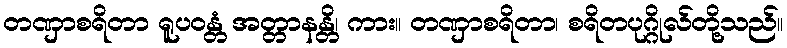
တဏှာစရိတာ ရူပဝန္တံ အတ္တာနန္တိ၊ ကား။ တဏှာစရိတာ၊ စရိတပုဂ္ဂိုလ်တို့သည်။